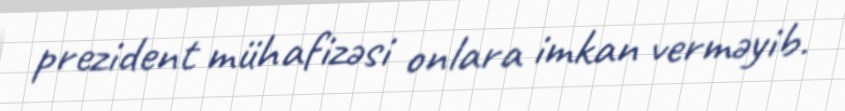
prezident mühafizəsi onlara imkan verməyib.